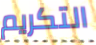
التكريم